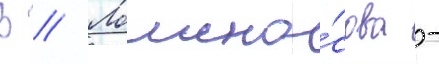
В // Ломоно́сова -